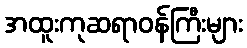
အထူးကုဆရာဝန်ကြီးများ